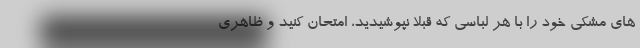
های مشکی خود را با هر لباسی که قبلا نپوشیدید، امتحان کنید و ظاهری